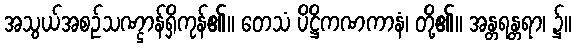
အသွယ်အစဉ်သဏ္ဌာန်ရှိကုန်၏။ တေသံ ပိဋ္ဌိကဏကာနံ၊ တို့၏။ အန္တရန္တရာ၊ ၌။